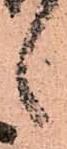
候